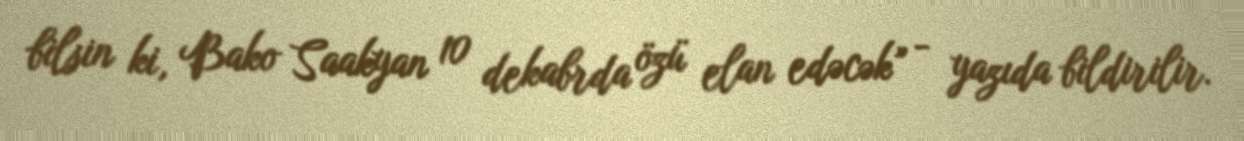
bilsin ki, Bako Saakyan 10 dekabrda özü elan edəcək” - yazıda bildirilir.